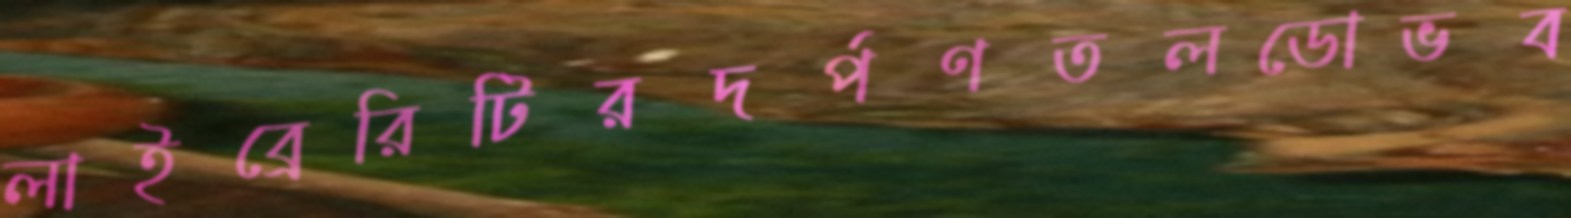
লাইব্রেরিটিরদর্পণতলডোভব